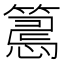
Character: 𢤉